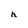
Character: h